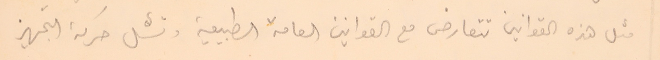
مثل هذه القوانين تتعارض مع القوانين العامة الطبيعية وتشل حركة التجهيز